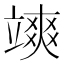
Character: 𮵩